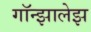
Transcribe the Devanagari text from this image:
गॉन्झालेझ